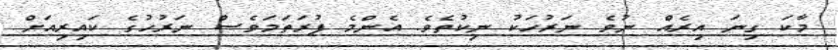
މާކަ ގިނަ އިރެއް ނުވެ ނަރުހަކު ނިކުތެވެ. އެންމެ ފުރަތަމަވެސް ނަރުހުގެ ކައިރިއަށް